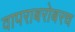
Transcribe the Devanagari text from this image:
वापराबरोबरच